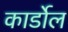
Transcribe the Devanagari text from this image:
कार्डोल